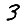
Digit: 3